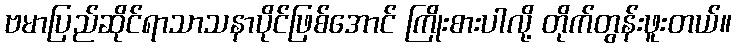
ဗမာပြည်ဆိုင်ရာသာသနာပိုင်ဖြစ်အောင် ကြိုးစားပါလို့ တိုက်တွန်းဖူးတယ်။